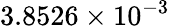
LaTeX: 3.8526\times 10^{-3}